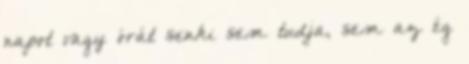
napot vagy órát senki sem tudja, sem az ég